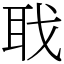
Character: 聀